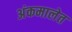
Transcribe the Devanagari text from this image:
अंकमालेत